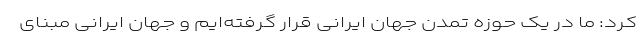
کرد: ما در یک حوزه تمدن جهان ایرانی قرار گرفته‌ایم و جهان ایرانی مبنای